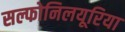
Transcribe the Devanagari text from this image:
सल्फोनिलयूरिया